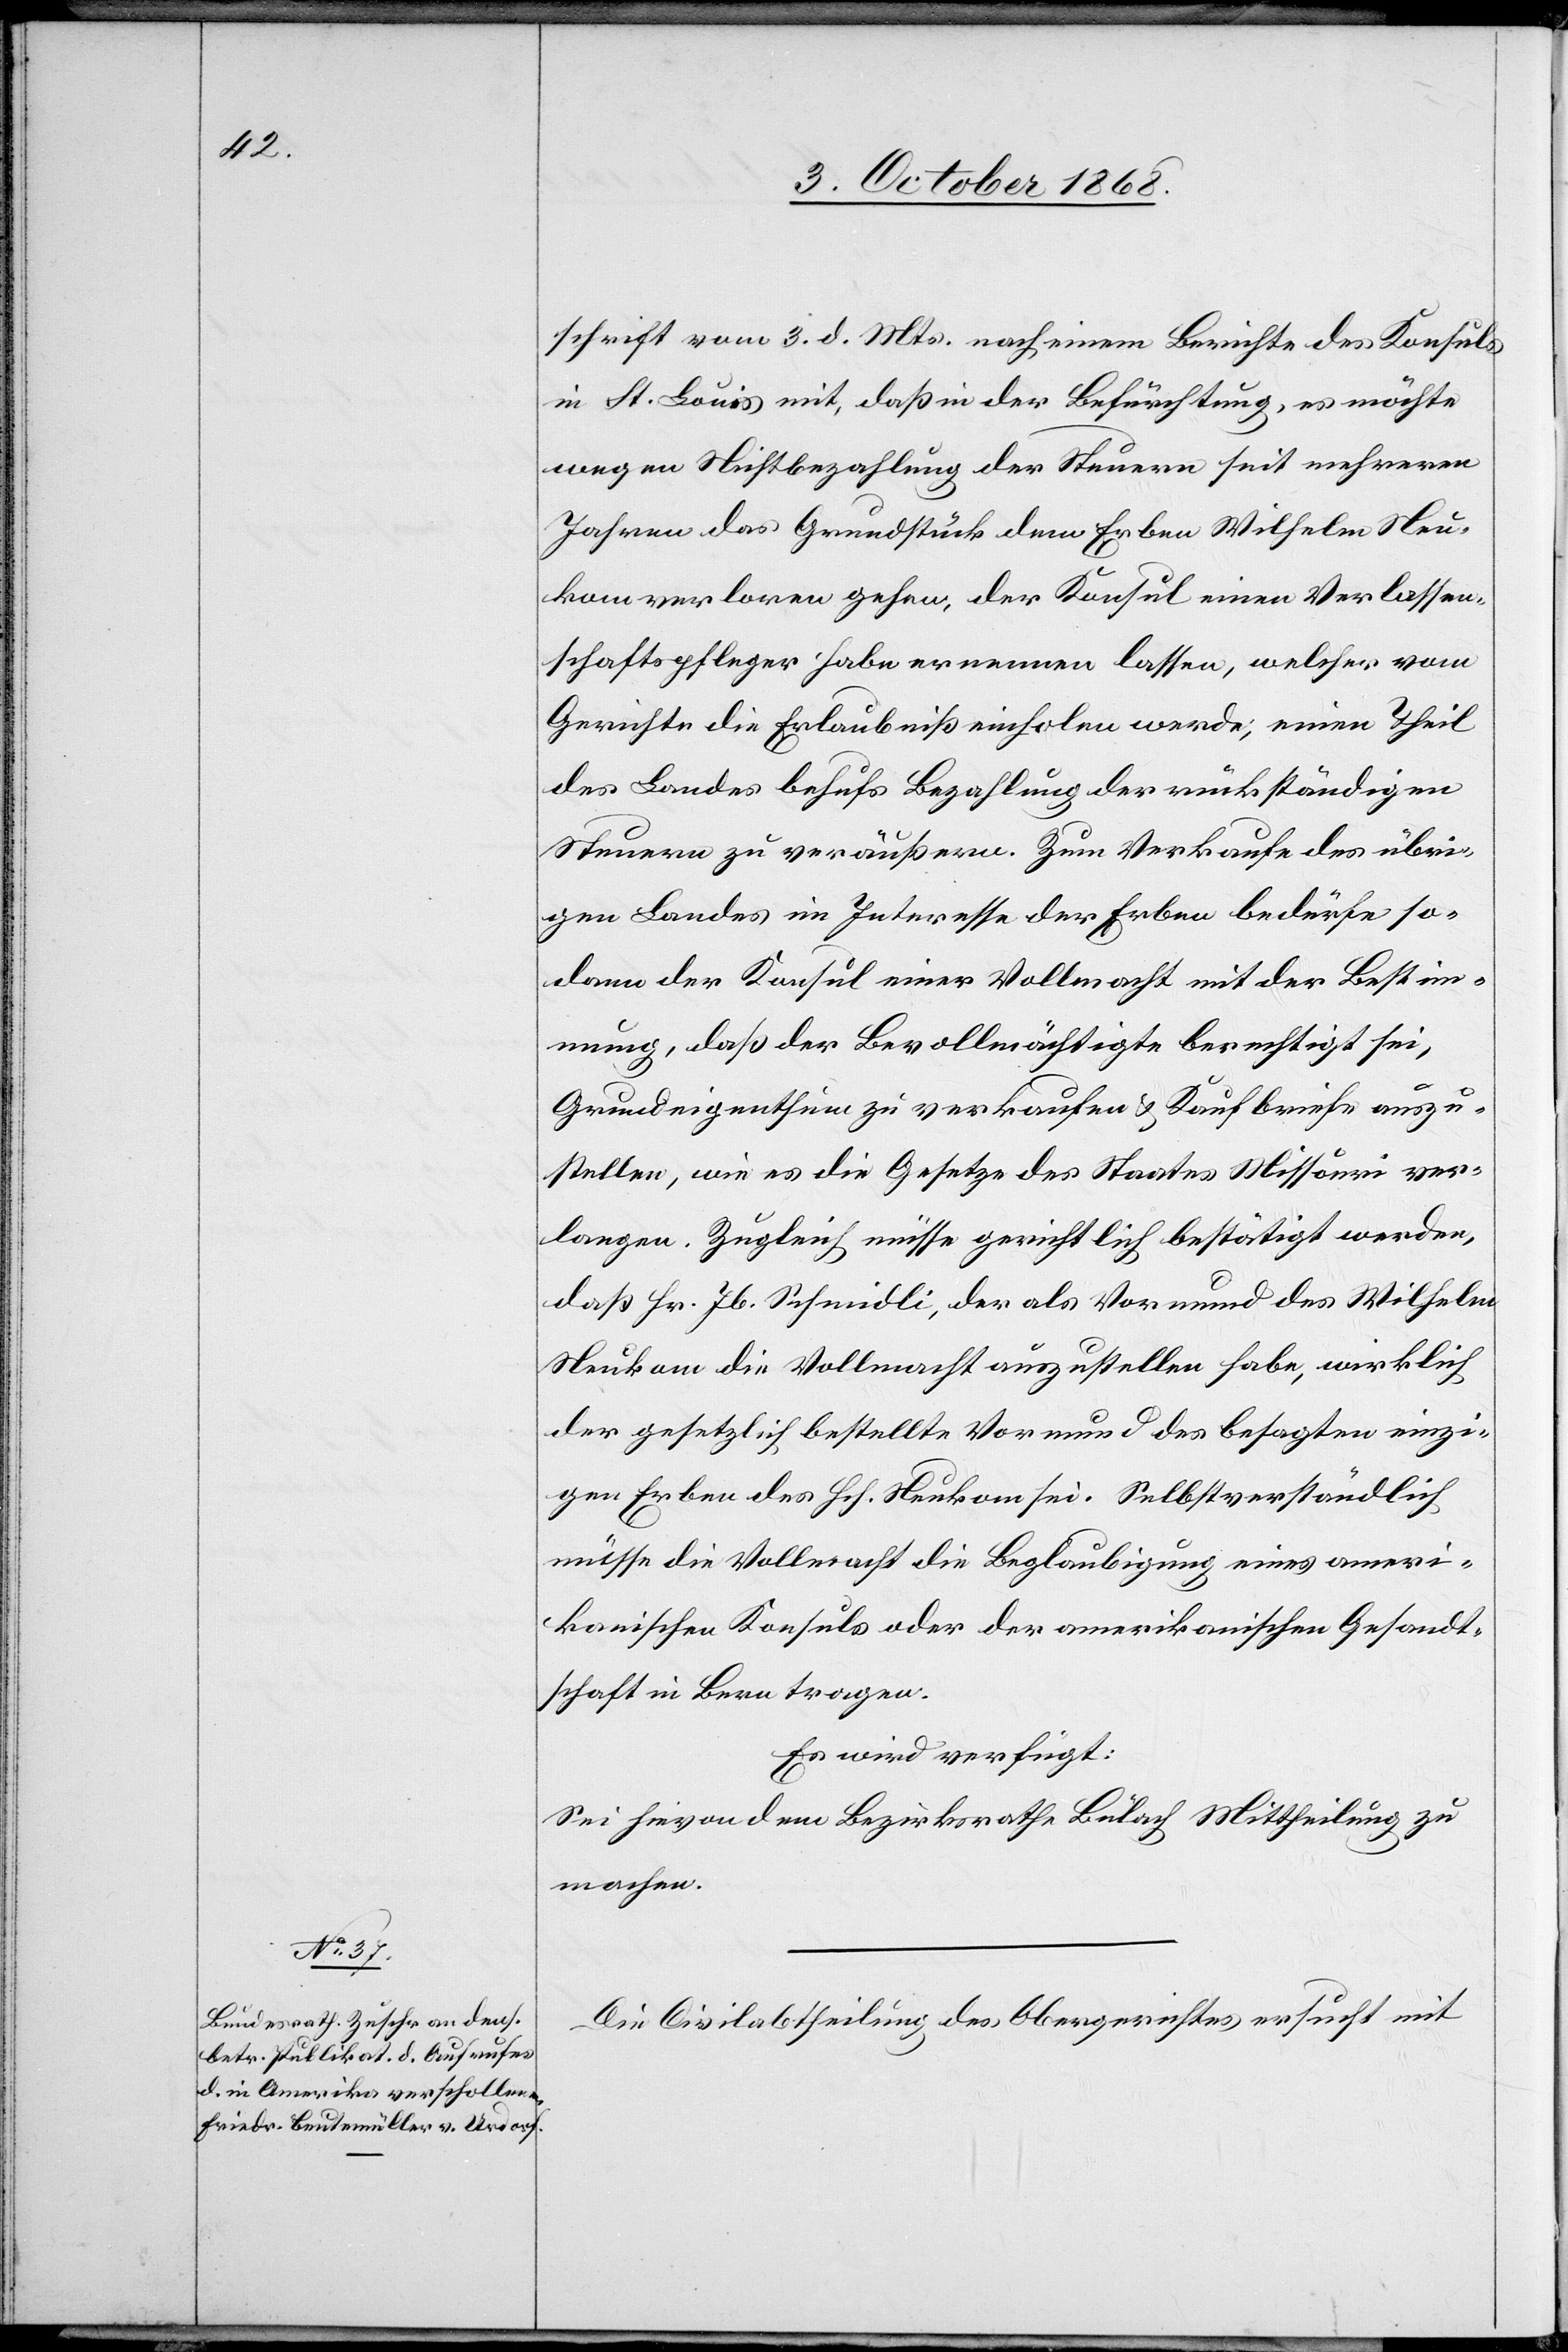
6. October 1868.]
schrift vom 3. d. Mts. nach einem Berichte des Konsuls
in St. Louis mit, daß in der Befürchtung, es möchte
wegen Nichtbezahlung der Steuern seit mehreren
Jahren das Grundstück dem Erben Wilhelm Neu¬
kom verloren gehen, der Konsul einen Verlassen¬
schaftspfleger habe ernennen lassen, welcher vom
Gerichte die Erlaubniß einholen werde, einen Theil
des Landes behufs Bezahlung der rückständigen
Steuern zu veräußern. Zum Verkaufe des übri¬
gen Landes im Interesse der Erben bedürfe so¬
dann der Konsul einer Vollmacht mit der Bestim¬
mung, daß der Bevollmächtigte berechtigt sei,
Grundeigenthum zu verkaufen & Kaufbriefe auszu¬
stellen, wie es die Gesetze des Staates Missouri ver¬
langen. Zugleich müsse gerichtlich bestätigt werden,
daß Hr. Jb. Schmidli, der als Vormund des Wilhelm
Neukom die Vollmacht auszustellen habe, wirklich
der gesetzlich bestellte Vormund des besagten einzi¬
gen Erben des Hch. Neukom sei. Selbstverständlich
müsse die Vollmacht die Beglaubigung eines ameri¬
kanischen Konsuls oder der amerikanischen Gesandt¬
schaft in Bern tragen.
Es wird verfügt:
Sei hievon dem Bezirksrathe Bülach Mittheilung zu
machen.
Die Civilabtheilung des Obergerichtes ersucht mit